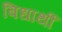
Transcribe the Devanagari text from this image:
बिधार्थी